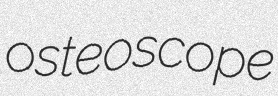
osteoscope